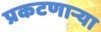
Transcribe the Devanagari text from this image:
प्रकटणाऱ्या